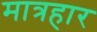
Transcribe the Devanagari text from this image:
मात्रहार